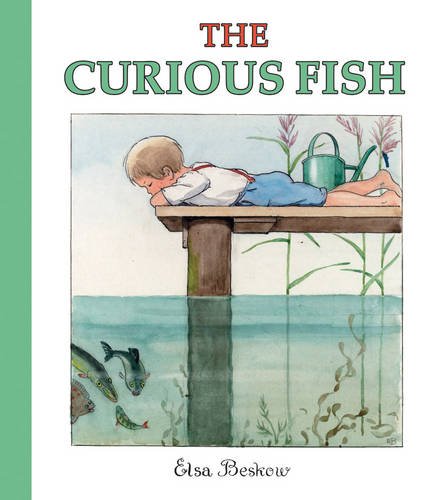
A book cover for The Curious Fish; Elsa Beskow; Children's Books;